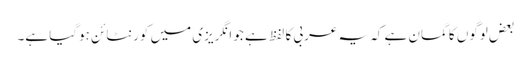
بعض لوگوں کا گمان ہے کہ یہ عربی کا لفظ ہے جو انگریزی میں کورنٹائن ہوگیا ہے۔